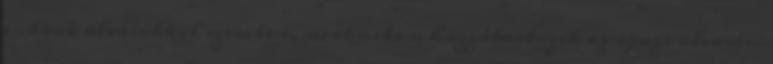
e-book olvasókkal szemben, mert nekem hozzátartozik az igazi olvasási